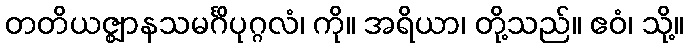
တတိယဇ္ဈာနသမင်္ဂိပုဂ္ဂလံ၊ ကို။ အရိယာ၊ တို့သည်။ ဧဝံ၊ သို့။